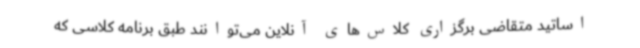
اساتید متقاضی برگزاری کلاس‌های آنلاین می‌توانند طبق برنامه کلاسی که